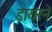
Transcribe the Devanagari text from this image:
डायरने